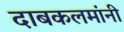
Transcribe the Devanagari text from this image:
दाबकलमांनी